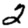
Digit: 2